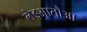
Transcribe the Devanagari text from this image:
लेइआतौआ